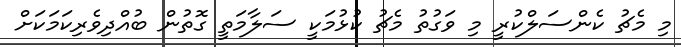
މި މެޗު ކެންސަލްކުރީ މި ވަގުތު މެޗު ކުޅުމަކީ ސަލާމަތީ ގޮތުން ބުއްދިވެރިކަމަކަށް